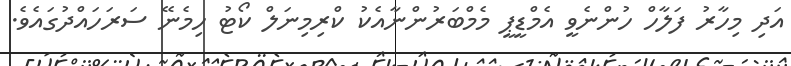
އަދި މިހާރު ފަލާހް ހުންނެވީ އެމްޑީޕީ މެމްބަރުންނާއެކު ކްރިމިނަލް ކޯޓު ހިމެނޭ ސަރަހައްދުގައެވެ.